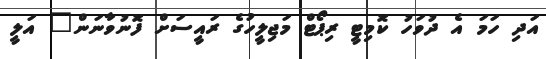
އަދި ހަމަ އެ ދުވަހު ކޮމިޓީ ރިޕޯޓް މަޖިލީހުގެ ރައީސަށް ފޮނުވާނަން" އަލީ